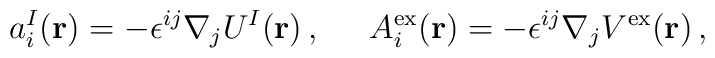
a^I_i({\bf r})=-\epsilon^{ij}\nabla_jU^I({\bf r})\,,\hspace{6mm}A_i^{\rm ex}({\bf r})=-\epsilon^{ij}\nabla_jV^{\rm ex}({\bf r})\,,\hspace{6mm}